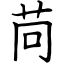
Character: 苘